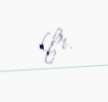
(fr.